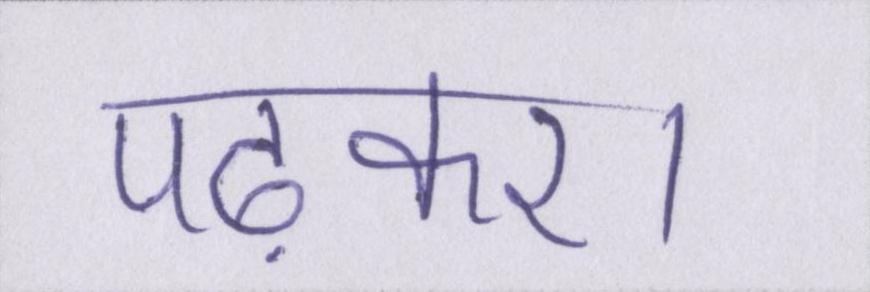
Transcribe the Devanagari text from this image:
पढ़कर।